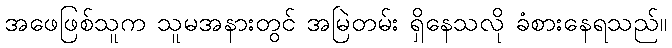
အဖေဖြစ်သူက သူမအနားတွင် အမြဲတမ်း ရှိနေသလို ခံစားနေရသည်။